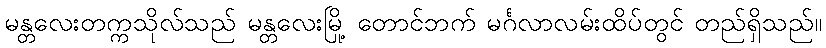
မန္တလေးတက္ကသိုလ်သည် မန္တလေးမြို့ တောင်ဘက် မင်္ဂလာလမ်းထိပ်တွင် တည်ရှိသည်။